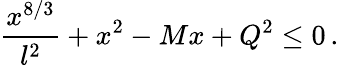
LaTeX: {\frac{x^{8/3}}{l^{2}}}+x^{2}-Mx+Q^{2}\leq 0\, .